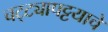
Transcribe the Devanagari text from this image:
चट्ट्यापट्टयाचे